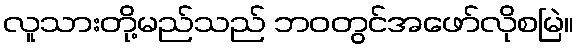
လူသားတို့မည်သည် ဘဝတွင်အဖော်လိုစမြဲ။